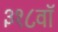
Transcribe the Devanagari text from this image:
३१८वॉ